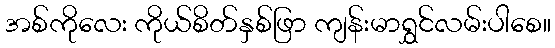
အစ်ကိုလေး ကိုယ်စိတ်နှစ်ဖြာ ကျန်းမာရွှင်လမ်းပါစေ။